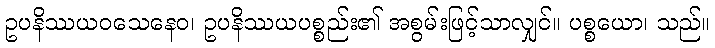
ဥပနိဿယဝသေနေဝ၊ ဥပနိဿယပစ္စည်း၏ အစွမ်းဖြင့်သာလျှင်။ ပစ္စယော၊ သည်။